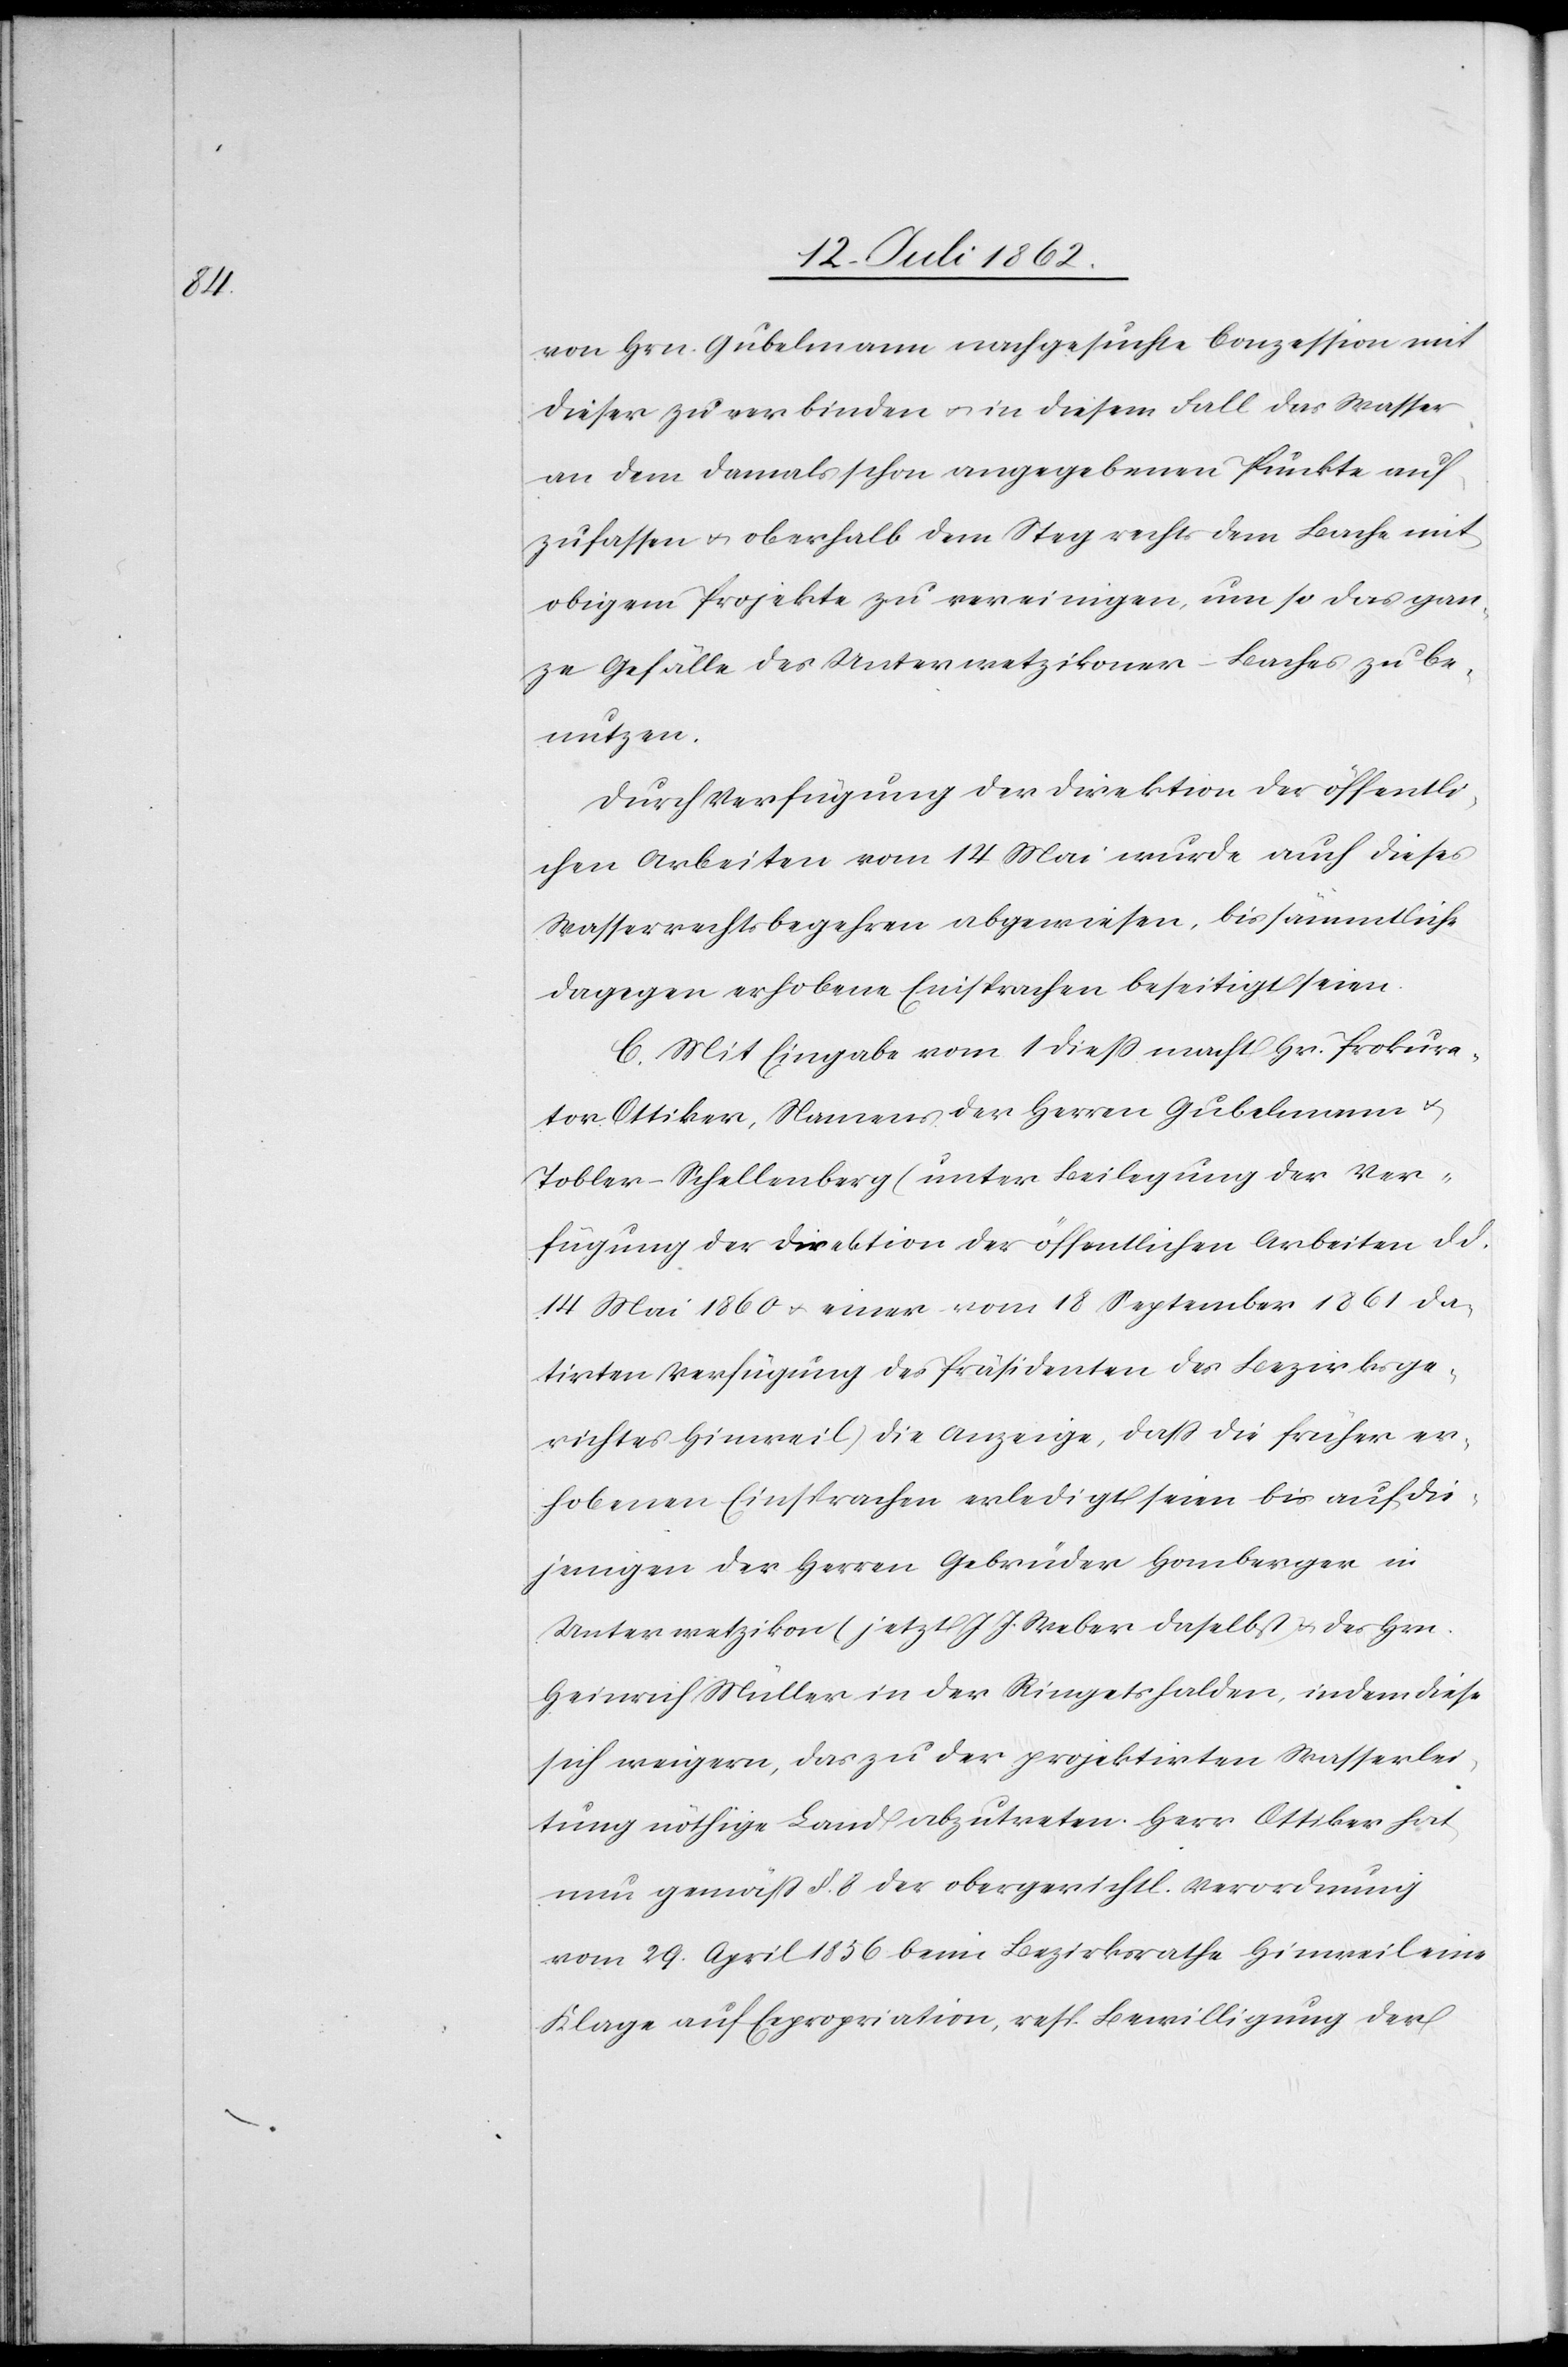
von Hrn. Gubelmann nachgesuchte Conzession mit
dieser zu verbinden u. in diesem Fall das Wasser
an dem damals schon angegebenen Punkte auf¬
zufassen u. oberhalb dem Steg rechts dem Bache mit
obigem Projekte zu vereinigen, um so das gan¬
ze Gefälle des Unterwetzikoner-Baches zu be¬
nutzen.
Durch Verfügung der Direktion der öffentli¬
chen Arbeiten vom 14 Mai wurde auch dieses
Wasserrechtsbegehren abgewiesen, bis sämmtliche
dagegen erhobene Einsprachen beseitigt seien.
C. Mit Eingabe vom 1 dieß macht Hr. Prokura¬
tor Ottiker, Namens der Herren Gubelmann u.
Tobler-Schellenberg (unter Beilegung der Ver¬
fügung der Direktion der öffentlichen Arbeiten d. d.
14 Mai 1860 u. einer vom 18 September 1861 da¬
tirten Verfügung des Präsidenten des Bezirksge¬
richtes Hinweil) die Anzeige, daß die früher er¬
hobenen Einsprachen erledigt seien bis auf die¬
jennigen der Herren Gebrüder Homberger in
Unterwetzikon (jetzt J. J. Weber daselbst[)] u. des Hrn.
Heinrich Müller in der Ringetshalden, indem diese
sich weigern, das zu der projektirten Wasserlei¬
tung nöthige Land abzutreten. Herr Ottiker hat
neu gemäß § 8 der obergerichtl. Verordnung
vom 29. April 1859 beim Bezirksrathe Hinweil eine
Klage auf Expropriation, resp. Bewilligung der